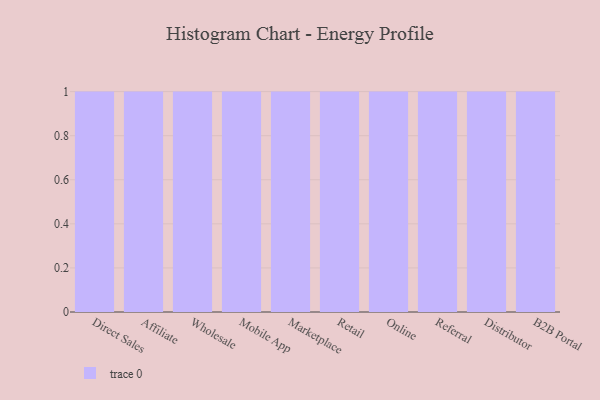
{"axis": {"x": "Channel", "y": "Revenue (USD Million)"}, "legend": [""], "data": [{"x": "Direct Sales", "y": 58, "type": ""}, {"x": "Affiliate", "y": 78, "type": ""}, {"x": "Wholesale", "y": 64, "type": ""}, {"x": "Mobile App", "y": 100, "type": ""}, {"x": "Marketplace", "y": 42, "type": ""}, {"x": "Retail", "y": 8, "type": ""}, {"x": "Online", "y": 38, "type": ""}, {"x": "Referral", "y": 45, "type": ""}, {"x": "Distributor", "y": 99, "type": ""}, {"x": "B2B Portal", "y": 22, "type": ""}]}